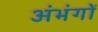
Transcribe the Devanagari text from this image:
अंभंगों